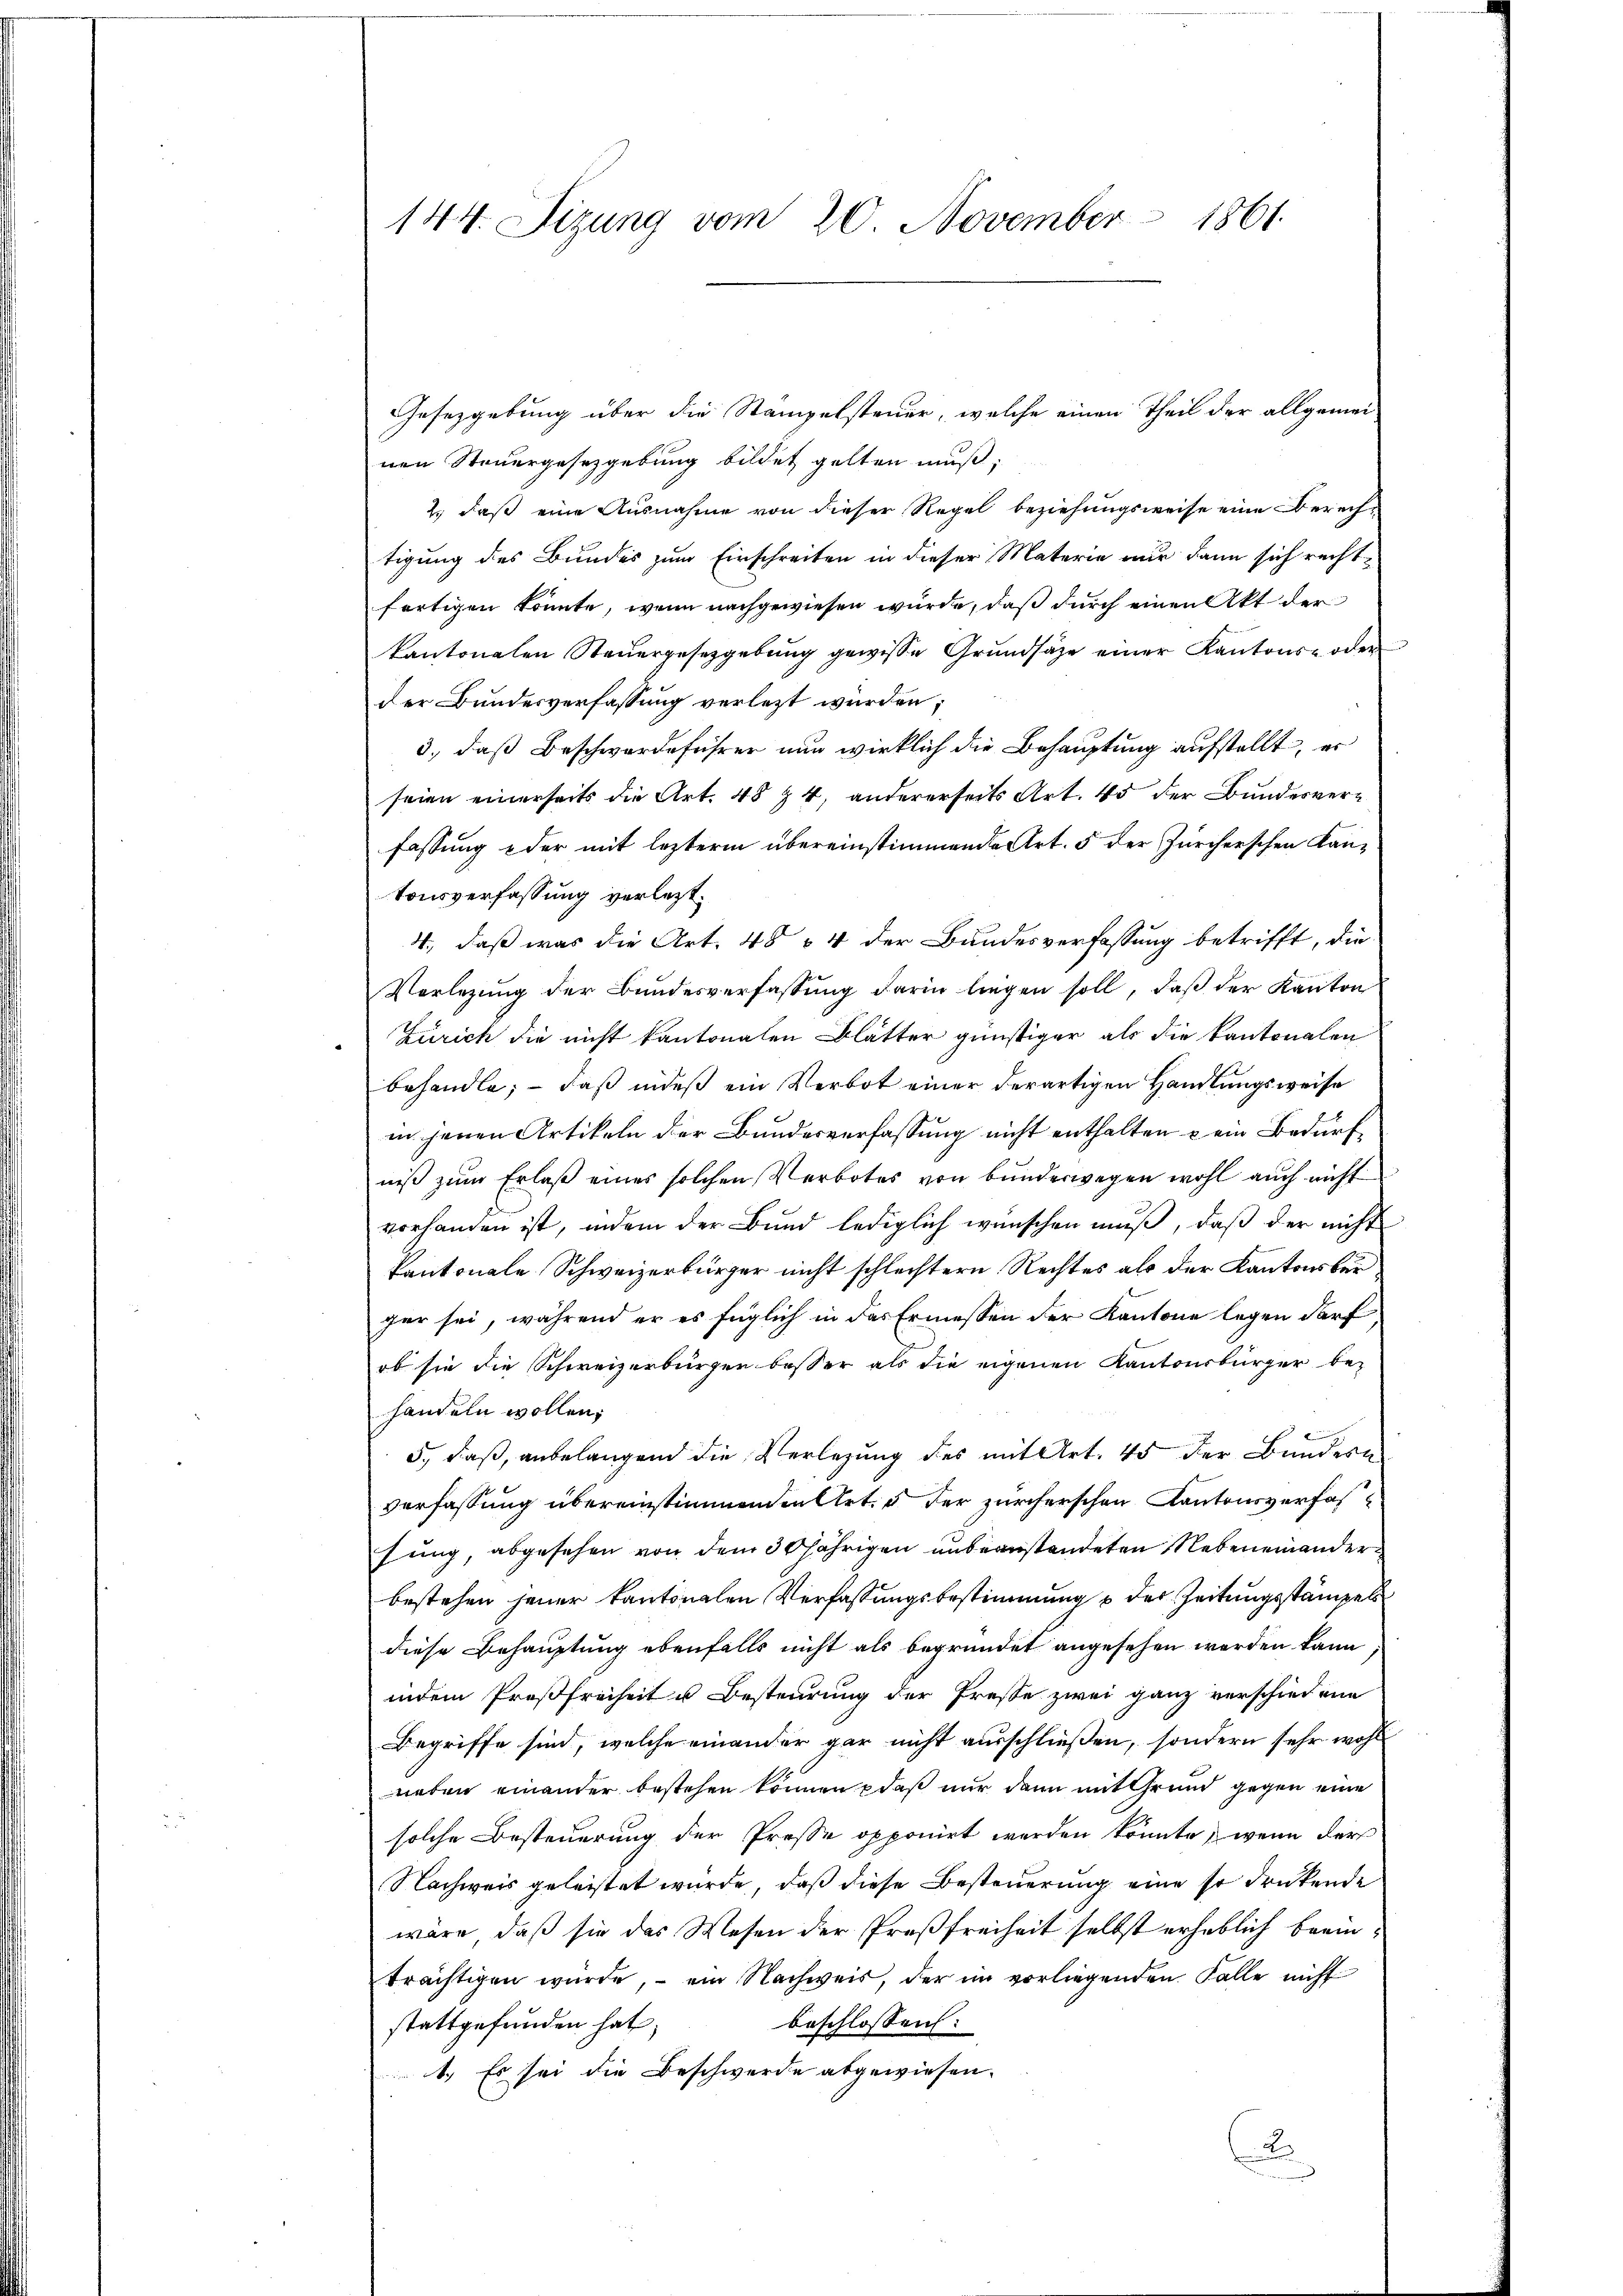
Gesetzgebung über die Stampelsteuer, welche einen Theil der allgemei-
nen Steuergesetzgebung bildet gelten muß;
2.) daß eine Ausnahme von dieser Regel beziehungsweise eine Berechtigung des Bundes zum Einschreiten in dieser Materie nur dann sich rechtfertigen konnte, wenn nachgewiesen würde, daß durch einen Akt der
kantonalen Steŭergesetzgebŭng gewisse Grŭndsätze einer Kantons- oder
der Bundesverfassung verletzt wurden;
3., daß Beschwerdeführer nun wirklich die Behauptung aufstellt, er
seien einerseits die Art. 48 Z 4, andererseits Art. 45 der Bundesverfassung oder mit lezterm übereinstimmende Art. 5 der Zürcherschen Kantonsverfassung verletzt.
4., daß was die Art. 484 der Bundesverfassung betrifft, die
Vorlegung der Bundesverfassung darin liegen soll, daß der Kanton
Zürich die nicht kantonalen Blätter günstiger als die kantonalen
behandle; — daß indeß ein Verbot einer derartigen Handlungsweise
in jenen Artikeln der Bundesverfassung nicht enthalten & ein Bedürf
niß zum Erlaß eines solchen Verbotes von bunderwegen wohl auch nicht
vorhanden ist, indem der Bund lediglich wünschen muß, daß der nicht
kantonale Schweizerbürger nicht schlechtern Rechtes als der Kantonsber
ger sei, während er es füglich in das Ermessen der Kantone legen darf
ob sie die Schweizerbürger besser als die eigenen Kantonsbürger be-
handeln wollen,
5., daß, anbelangend die Verlegung des mit Art. 45 der Bändern
verfassung übereinstimmenden Art. 5 der zürcherschen Kantonsverfas
hung, abgesehen von dem 30 jährigen unbeanstandeten Nebeneinander
bestehen jener kantonalen Verfassungsbestimmung u der Zeitungsstämpel
diese Behauptung ebenfalls nicht als begründet angesehen werden kann.
indem Proßfreiheit u Besteurung der Presse zwei ganz verschiedene
Begriffe sind, welche einander gar nicht ausschließen, sondern sehr wohl
neben einander bestehen können, daß nur dann mit Grund gegen eine
solche Besteuerung der Presse opponirt werden könnte, wenn der
Nachweis geleistet wurde, daß diese Besteuerung eine so drückende
wäre, daß sie das Wesen der Proßfreiheit selbst erheblich beeinträchtigen wurde, - ein Nachweis, der im vorliegenden Falle nicht
beschlossen:
stattgefunden hat;
1.) Es sei die Beschwerde abgewiesen.
2

144. Sizung vom 20. November 1861.